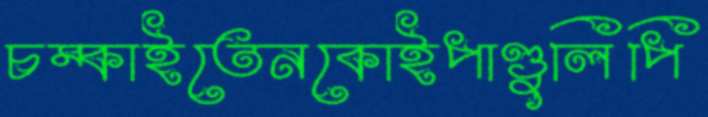
চম্‌কাইতেনকোইপাণ্ডুলিপি